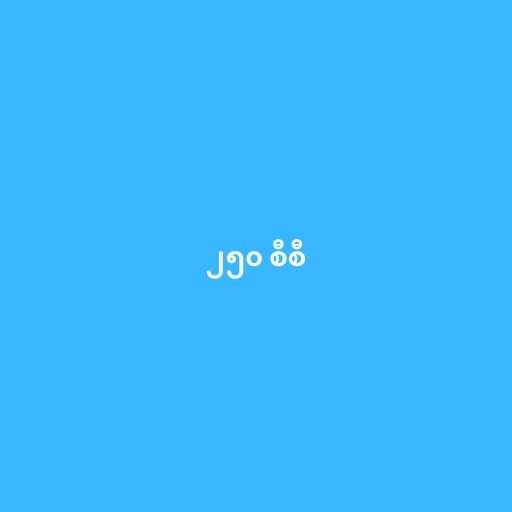
၂၅၀ စီစီ